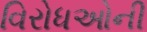
વિરોધઓની